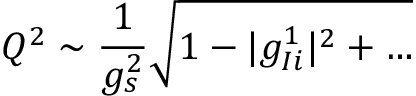
Q ^ { 2 } \sim \frac { 1 } { g _ { s } ^ { 2 } } \sqrt { 1 - | g _ { I i } ^ { 1 } | ^ { 2 } + \dots }